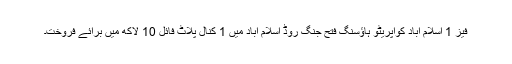
فیز 1 اسلام آباد کوآپریٹو ہاؤسنگ فتح جنگ روڈ اسلام آباد میں 1 کنال پلاٹ فائل 10 لاکھ میں برائے فروخت۔